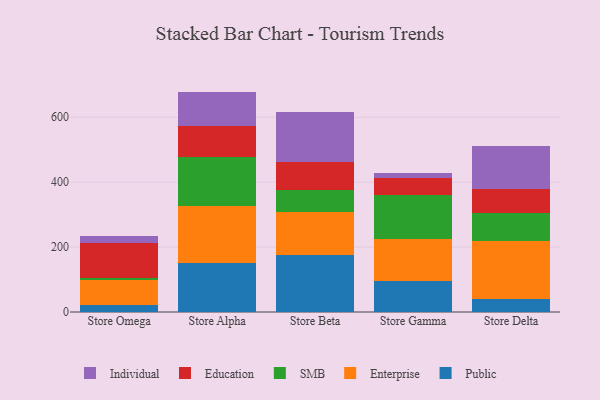
{"axis": {"x": "Store", "y": "Gross Profit (USD K)"}, "legend": ["Education", "Enterprise", "Individual", "Public", "SMB"], "data": [{"x": "Store Omega", "y": 22.2, "type": "Public"}, {"x": "Store Omega", "y": 76.3, "type": "Enterprise"}, {"x": "Store Omega", "y": 5.8, "type": "SMB"}, {"x": "Store Omega", "y": 107.3, "type": "Education"}, {"x": "Store Omega", "y": 21.1, "type": "Individual"}, {"x": "Store Alpha", "y": 150.1, "type": "Public"}, {"x": "Store Alpha", "y": 175.6, "type": "Enterprise"}, {"x": "Store Alpha", "y": 150.4, "type": "SMB"}, {"x": "Store Alpha", "y": 96.6, "type": "Education"}, {"x": "Store Alpha", "y": 106.1, "type": "Individual"}, {"x": "Store Beta", "y": 176.0, "type": "Public"}, {"x": "Store Beta", "y": 132.4, "type": "Enterprise"}, {"x": "Store Beta", "y": 68.1, "type": "SMB"}, {"x": "Store Beta", "y": 85.0, "type": "Education"}, {"x": "Store Beta", "y": 155.5, "type": "Individual"}, {"x": "Store Gamma", "y": 94.0, "type": "Public"}, {"x": "Store Gamma", "y": 129.5, "type": "Enterprise"}, {"x": "Store Gamma", "y": 136.0, "type": "SMB"}, {"x": "Store Gamma", "y": 53.7, "type": "Education"}, {"x": "Store Gamma", "y": 13.8, "type": "Individual"}, {"x": "Store Delta", "y": 40.7, "type": "Public"}, {"x": "Store Delta", "y": 177.2, "type": "Enterprise"}, {"x": "Store Delta", "y": 87.8, "type": "SMB"}, {"x": "Store Delta", "y": 73.9, "type": "Education"}, {"x": "Store Delta", "y": 131.3, "type": "Individual"}]}